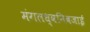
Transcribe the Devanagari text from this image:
मंगलध्वनिबजाई